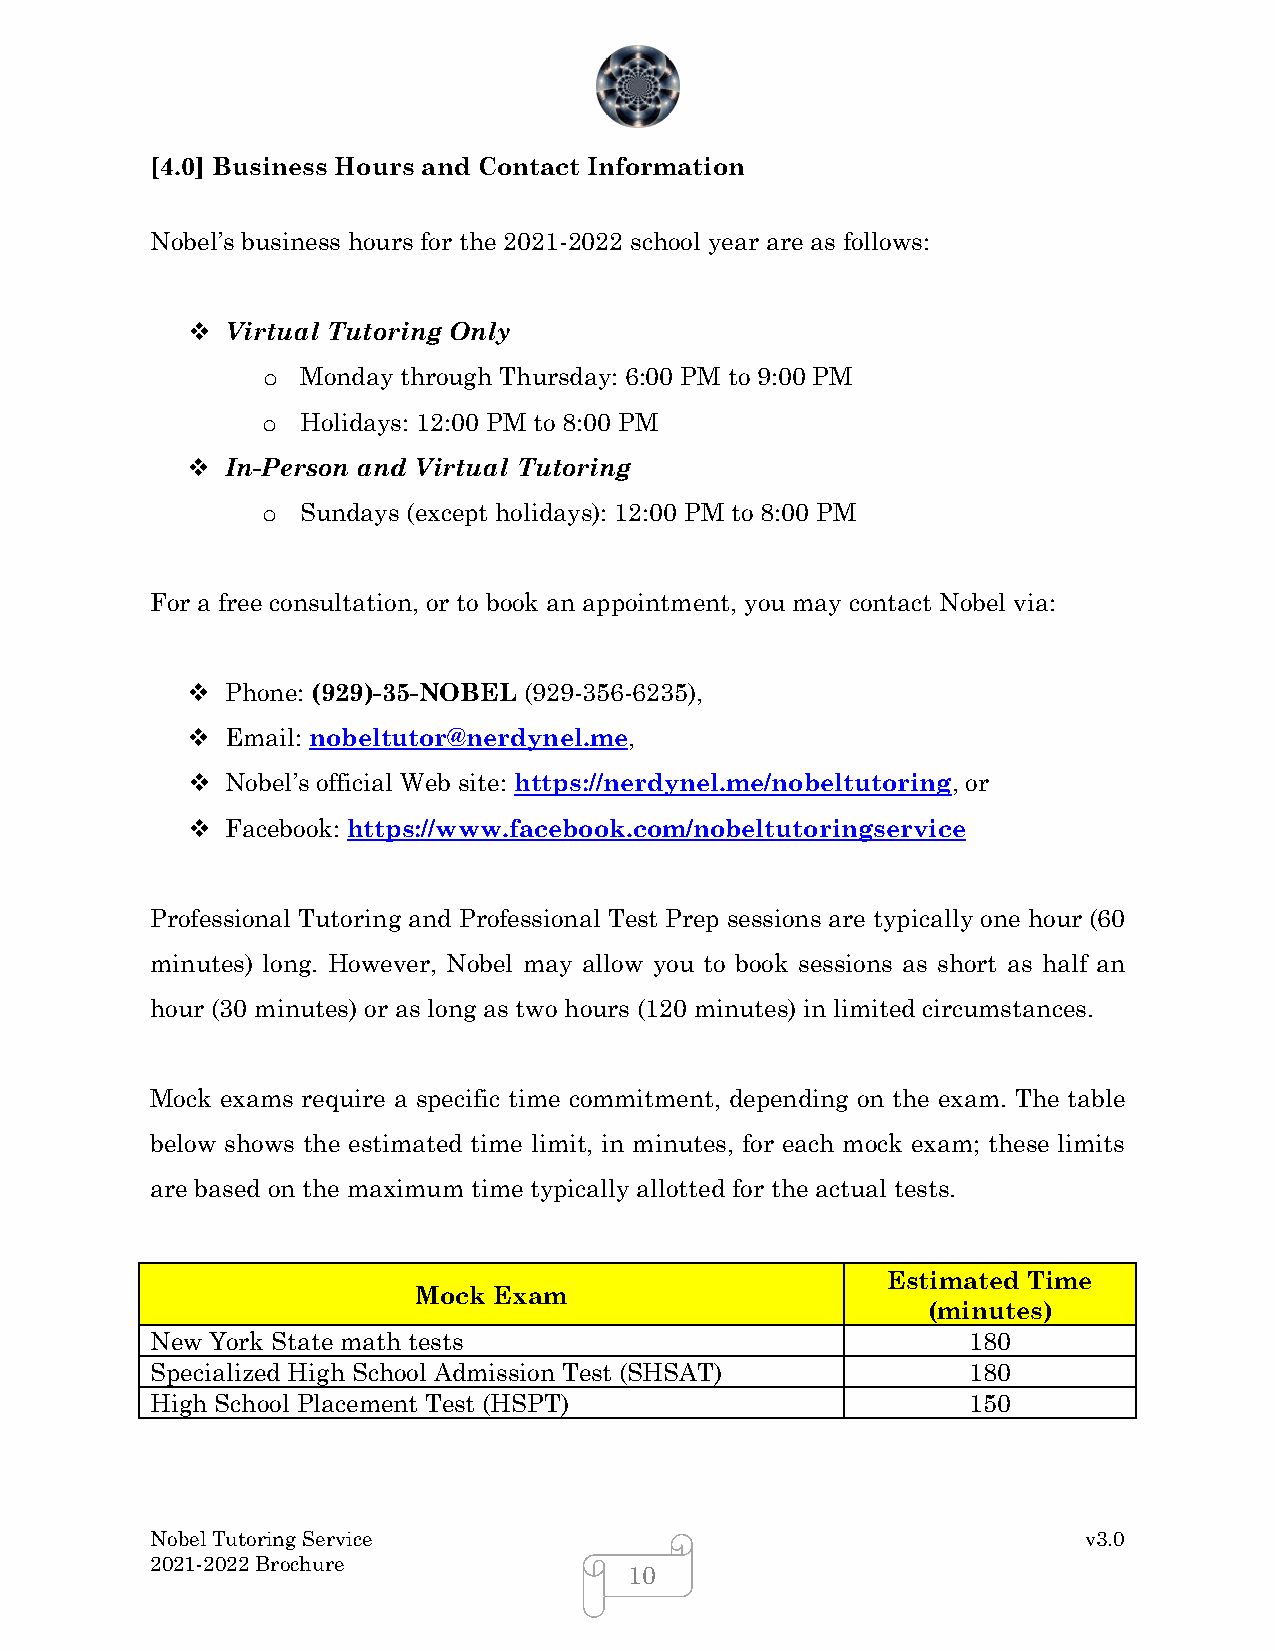
[4.0] Business Hours and Contact Information
 Nobel’s business hours for the 2021-2022 school year are as follows:
   Virtual Tutoring Only
 Monday through Thursday: 6:00 PM to 9:00 PM
 o
 Holidays: 12:00 PM to 8:00 PM
 o
   In-Person and Virtual Tutoring
 Sundays (except holidays): 12:00 PM to 8:00 PM
 o
 For a free consultation, or to book an appointment, you may contact Nobel via:
   Phone: (929)-35-NOBEL (929-356-6235),
   Email: nobeltutor@nerdynel.me,
   Nobel’s official Web site: https://nerdynel.me/nobeltutoring, or
   Facebook: https://www.facebook.com/nobeltutoringservice
 Professional Tutoring and Professional Test Prep sessions are typically one hour (60
 minutes) long. However, Nobel may allow you to book sessions as short as half an
 hour (30 minutes) or as long as two hours (120 minutes) in limited circumstances.
 Mock exams require a specific time commitment, depending on the exam. The table
 below shows the estimated time limit, in minutes, for each mock exam; these limits
 are based on the maximum time typically allotted for the actual tests.
 Estimated Time
 Mock Exam
 (minutes)
 New York State math tests                             180
 Specialized High School Admission Test (SHSAT)        180
 High School Placement Test (HSPT)                     150
 Nobel Tutoring Service                                        v3.0
 2021-2022 Brochure
 10